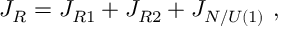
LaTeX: J _ { R } = J _ { R 1 } + J _ { R 2 } + J _ { { \cal N } / U ( 1 ) } ~ ,